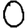
Digit: 0